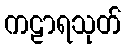
ကဠာရသုတ်